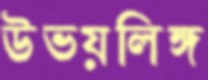
উভয়লিঙ্গ